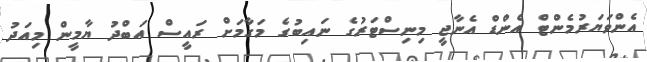
އެންވަޔަރުމެންޓް އެންޑް އެނާޖީ މިނިސްޓަރުގެ ނައިބުގެ މަގާމަށް ރައީސް އަބްދު ޔާމީން މިއަދު